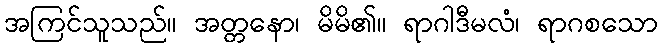
အကြင်သူသည်။ အတ္တနော၊ မိမိ၏။ ရာဂါဒီမလံ၊ ရာဂစသော